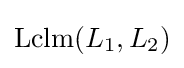
\operatorname {Lclm} (L_{1},L_{2})